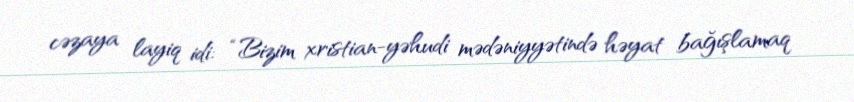
cəzaya layiq idi: “Bizim xristian-yəhudi mədəniyyətində həyat bağışlamaq